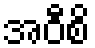
အဝီစိ